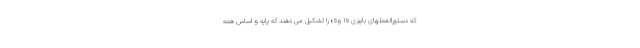
که دستورالعملهای باینری ۱s و۰s را تشکیل می دهند که پایه و اساس همه